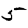
Digit: 5